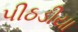
પીઠડીયા